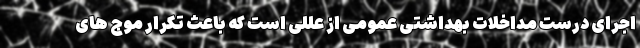
اجرای درست مداخلات بهداشتی عمومی از عللی است که باعث تکرار موج های